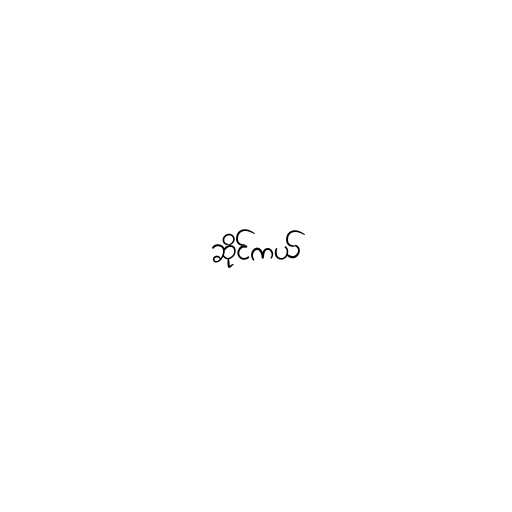
ဆိုင်ကယ်